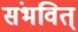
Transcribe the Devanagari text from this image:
संभवित्